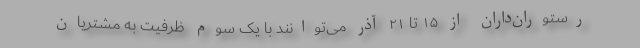
رستوران‌داران از ۱۵ تا ۲۱ آذر می‌توانند با یک سوم ظرفیت به مشتریان